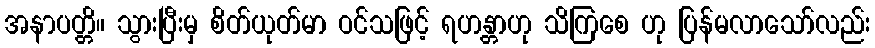
အနာပတ္တိ။ သွားပြီးမှ စိတ်ယုတ်မာ ဝင်သဖြင့် ရဟန္တာဟု သိကြစေ ဟု ပြန်မလာသော်လည်း